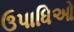
ઉપાધિઓ